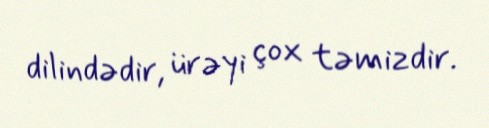
dilindədir, ürəyi çox təmizdir.